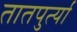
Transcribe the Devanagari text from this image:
तातपुर्त्या